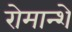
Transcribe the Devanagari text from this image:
रोमान्शे